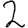
Digit: 2